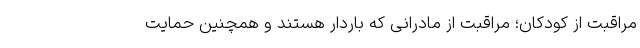
مراقبت از کودکان؛ مراقبت از مادرانی که باردار هستند و همچنین حمایت